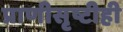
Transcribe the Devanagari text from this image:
प्राणीसृष्टीही